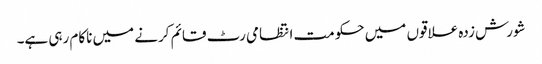
شورش زدہ علاقوں میں حکومت انتظامی رٹ قائم کرنے میں ناکام رہی ہے۔